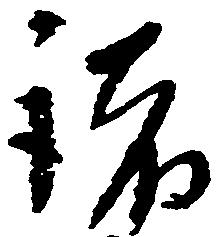
諸